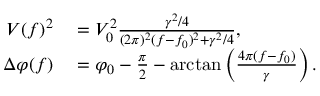
\begin{array} { r l } { V ( f ) ^ { 2 } } & { { } = V _ { 0 } ^ { 2 } \frac { \gamma ^ { 2 } / 4 } { ( 2 \pi ) ^ { 2 } ( f - f _ { 0 } ) ^ { 2 } + \gamma ^ { 2 } / 4 } , } \\ { \Delta \varphi ( f ) } & { { } = \varphi _ { 0 } - \frac { \pi } { 2 } - \arctan \left( \frac { 4 \pi ( f - f _ { 0 } ) } { \gamma } \right) . } \end{array}